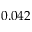
0 . 0 4 2